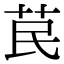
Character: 苠